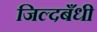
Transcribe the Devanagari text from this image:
जिल्दबँधी